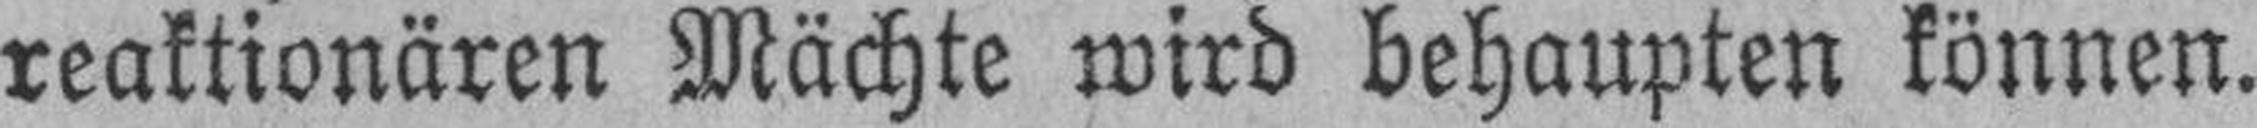
reaktionären Mächte wird behaupten können.